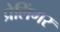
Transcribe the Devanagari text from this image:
प्रेलिंगर